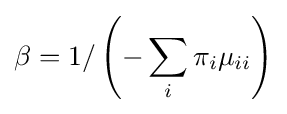
\beta =1/\left(-\sum _{i}\pi _{i}\mu _{ii}\right)